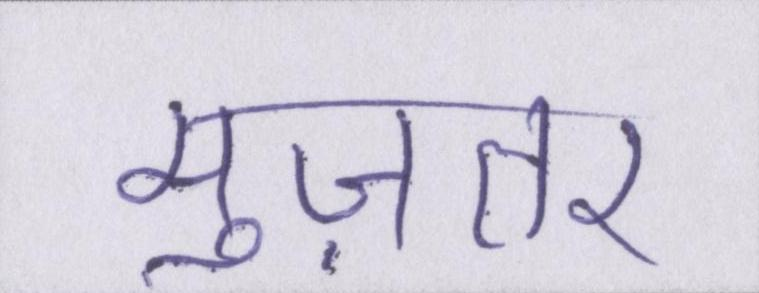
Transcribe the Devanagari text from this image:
मुज़तर